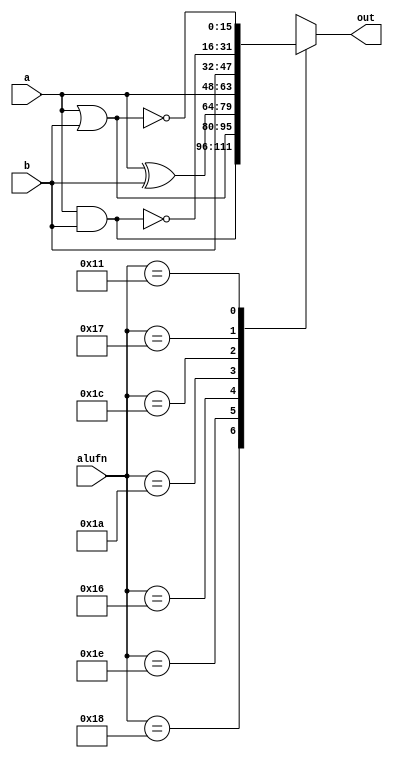
module boolean_25 (
    output reg [15:0] out,
    input [5:0] alufn,
    input [15:0] a,
    input [15:0] b
  );
  
  
  
  always @* begin
    out = 16'bxxxxxxxxxxxxxxxx;
    
    case (alufn)
      6'h18: begin
        out = a & b;
      end
      6'h1e: begin
        out = a | b;
      end
      6'h16: begin
        out = a ^ b;
      end
      6'h1a: begin
        out = a;
      end
      6'h1c: begin
        out = b;
      end
      6'h17: begin
        out = ~(a & b);
      end
      6'h11: begin
        out = ~(a | b);
      end
    endcase
  end
endmodule